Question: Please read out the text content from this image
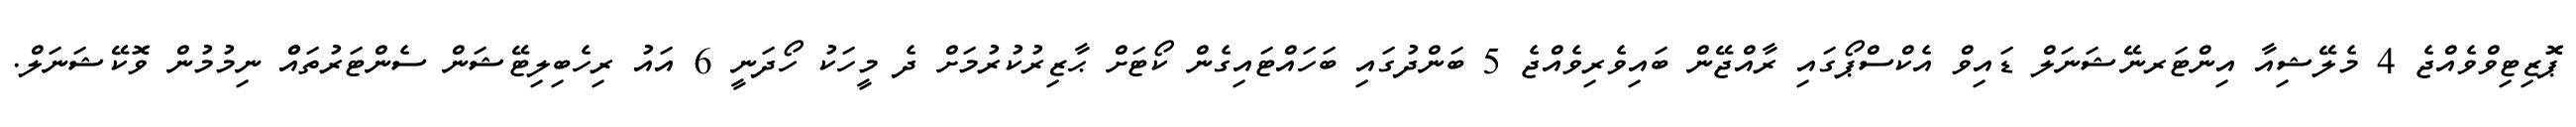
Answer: ޕަޮޒިޓިވްވެއްޖެ 4 މެލޭޝިއާ އިންޓަރނޭޝަނަލް ޑައިވް އެކްސްޕޯގައި ރާއްޖޭން ބައިވެރިވެއްޖެ 5 ބަންދުގައި ބަހައްޓައިގެން ކޯޓަށް ޙާޒިރުކުރުމަށް ދެ މީހަކު ހޯދަނީ 6 އައު ރިހެބިލިޓޭޝަން ސެންޓަރުތައްް ނިމުމުން ވޮކޭޝަނަލް.